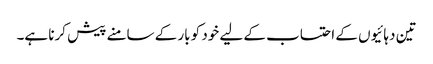
تین دہائیوں کے احتساب کے لیے خود کو بار کے سامنے پیش کرنا ہے۔